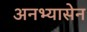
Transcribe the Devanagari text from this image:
अनभ्यासेन